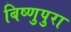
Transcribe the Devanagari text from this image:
बिष्णुपुरा